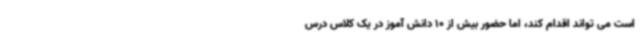
است می تواند اقدام کند، اما حضور بیش از 10 دانش آموز در یک کلاس درس